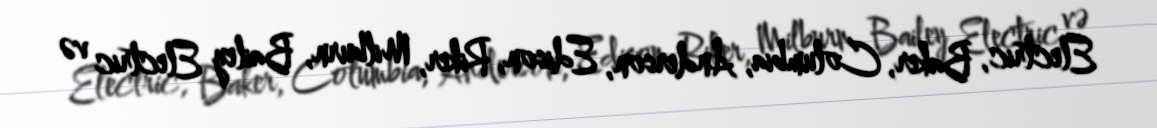
Electric, Baker, Columbia, Anderson, Edison, Riker, Milburn, Bailey Electric və